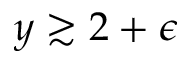
y \gtrsim 2 + \epsilon